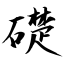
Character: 礎